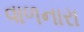
વાળનારા